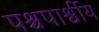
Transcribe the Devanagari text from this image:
पश्चपार्श्वीय